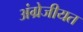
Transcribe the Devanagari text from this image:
अंग्रेजीयत